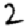
Digit: 2